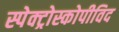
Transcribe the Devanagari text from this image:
स्पेक्ट्रोस्कोपीविद